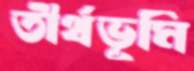
তীর্থভূমি